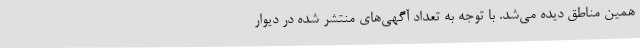
همین مناطق دیده می‌شد. با توجه به تعداد آگهی‌های منتشر شده در دیوار